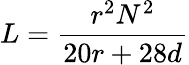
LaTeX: L={\frac{r^{2}N^{2}}{20r+28d}}